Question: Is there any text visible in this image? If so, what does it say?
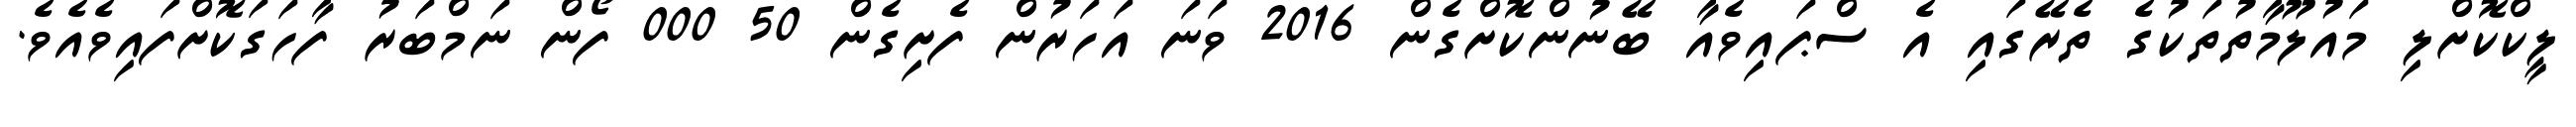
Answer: ލީކްކޮށްލި މައުލޫމާތުތަކުގެ ތެރޭގައި އެ ސްޕައިވެއާ ބޭނުންކޮށްގެން 2016 ވަނަ އަހަރުން ފެށިގެން 50 000 ފޯން ނަމްބަރު ފާހަގަކޮށްފައިވެއެވެ.